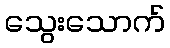
သွေးသောက်